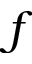
f